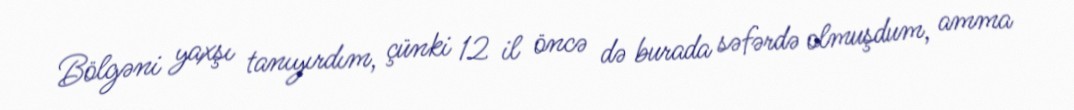
Bölgəni yaxşı tanıyırdım, çünki 12 il öncə də burada səfərdə olmuşdum, amma